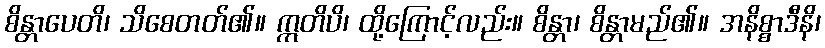
စိန္တာပေတိ၊ သိစေတတ်၏။ ဣတိပိ၊ ထို့ကြောင့်လည်း။ စိန္တာ၊ စိန္တာမည်၏။ အနိစ္စာဒီနိ၊